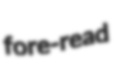
fore-read